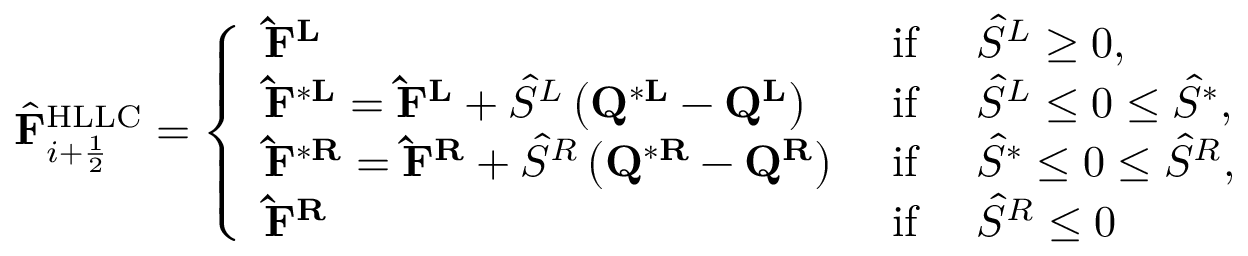
\hat { \mathbf { F } } _ { i + \frac { 1 } { 2 } } ^ { \mathrm { H L L C } } = \left\{ \begin{array} { l l } { \mathbf { \hat { F } } ^ { \mathbf { L } } } & { \mathrm { ~ i f ~ } \quad \hat { S } ^ { L } \geq 0 , } \\ { \mathbf { \hat { F } } ^ { * \mathbf { L } } = \mathbf { \hat { F } } ^ { \mathbf { L } } + \hat { S } ^ { L } \left( \mathbf { Q } ^ { * \mathbf { L } } - \mathbf { Q } ^ { \mathbf { L } } \right) } & { \mathrm { ~ i f ~ } \quad \hat { S } ^ { L } \leq 0 \leq \hat { S } ^ { * } , } \\ { \mathbf { \hat { F } } ^ { * \mathbf { R } } = \mathbf { \hat { F } } ^ { \mathbf { R } } + \hat { S } ^ { R } \left( \mathbf { Q } ^ { * \mathbf { R } } - \mathbf { Q } ^ { \mathbf { R } } \right) } & { \mathrm { ~ i f ~ } \quad \hat { S } ^ { * } \leq 0 \leq \hat { S } ^ { R } , } \\ { \mathbf { \hat { F } } ^ { \mathbf { R } } } & { \mathrm { ~ i f ~ } \quad \hat { S } ^ { R } \leq 0 } \end{array} \right.